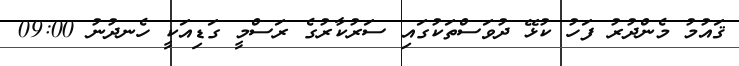
ޤައުމު މެންދުރު ފަހު ކުޅޭ ދުވަސްތަކުގައި ސަރުކާރުގެ ރަސްމީ ގަޑިއަކީ ހެނދުނު 09:00